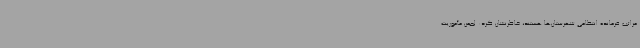
مراتب فرمانده انتظامی شهرستان‌ها هستند، خاطرنشان کرد: لجمن مأموریت